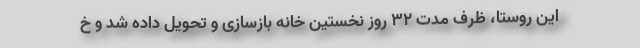
این روستا، ظرف مدت ۳۲ روز نخستین خانه بازسازی و تحویل داده شد و خ